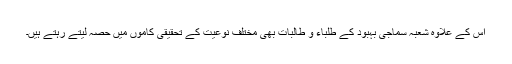
اس کے علاوہ شعبہ سماجی بہبود کے طلباء و طالبات بھی مختلف نوعیت کے تحقیقی کاموں میں حصہ لیتے رہتے ہیں۔